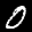
Label: 0